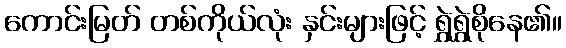
ကောင်းမြတ် တစ်ကိုယ်လုံး နှင်းများဖြင့် ရွှဲရွှဲစိုနေ၏။